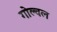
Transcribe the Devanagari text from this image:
गोल्वल